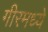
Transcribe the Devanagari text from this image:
गीरमध्ये